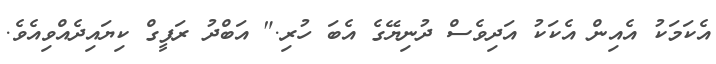
އެކަމަކު އެއިން އެކަކު އަދިވެސް ދުނިޔޭގެ އެބަ ހުރި." އަބްދު ރަފީގް ކިޔައިދެއްވިއެވެ.